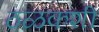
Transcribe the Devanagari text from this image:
ठळकशी